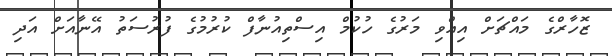
ޒޮހާރްގެ މައްޗަށް އިއްވި މަރުގެ ހުކުމް އިސްތިއުނާފް ކުރުމުގެ ފުރުސަތު އޭނާއަށް އަދި